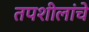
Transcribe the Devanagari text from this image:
तपशीलांचे